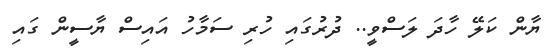
ޔާން ކަލޭ ހާދަ ލަސްވީ.. ދުރުގައި ހުރި ސަމާހު އައިސް ޔާސީން ގައި